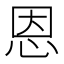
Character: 恩